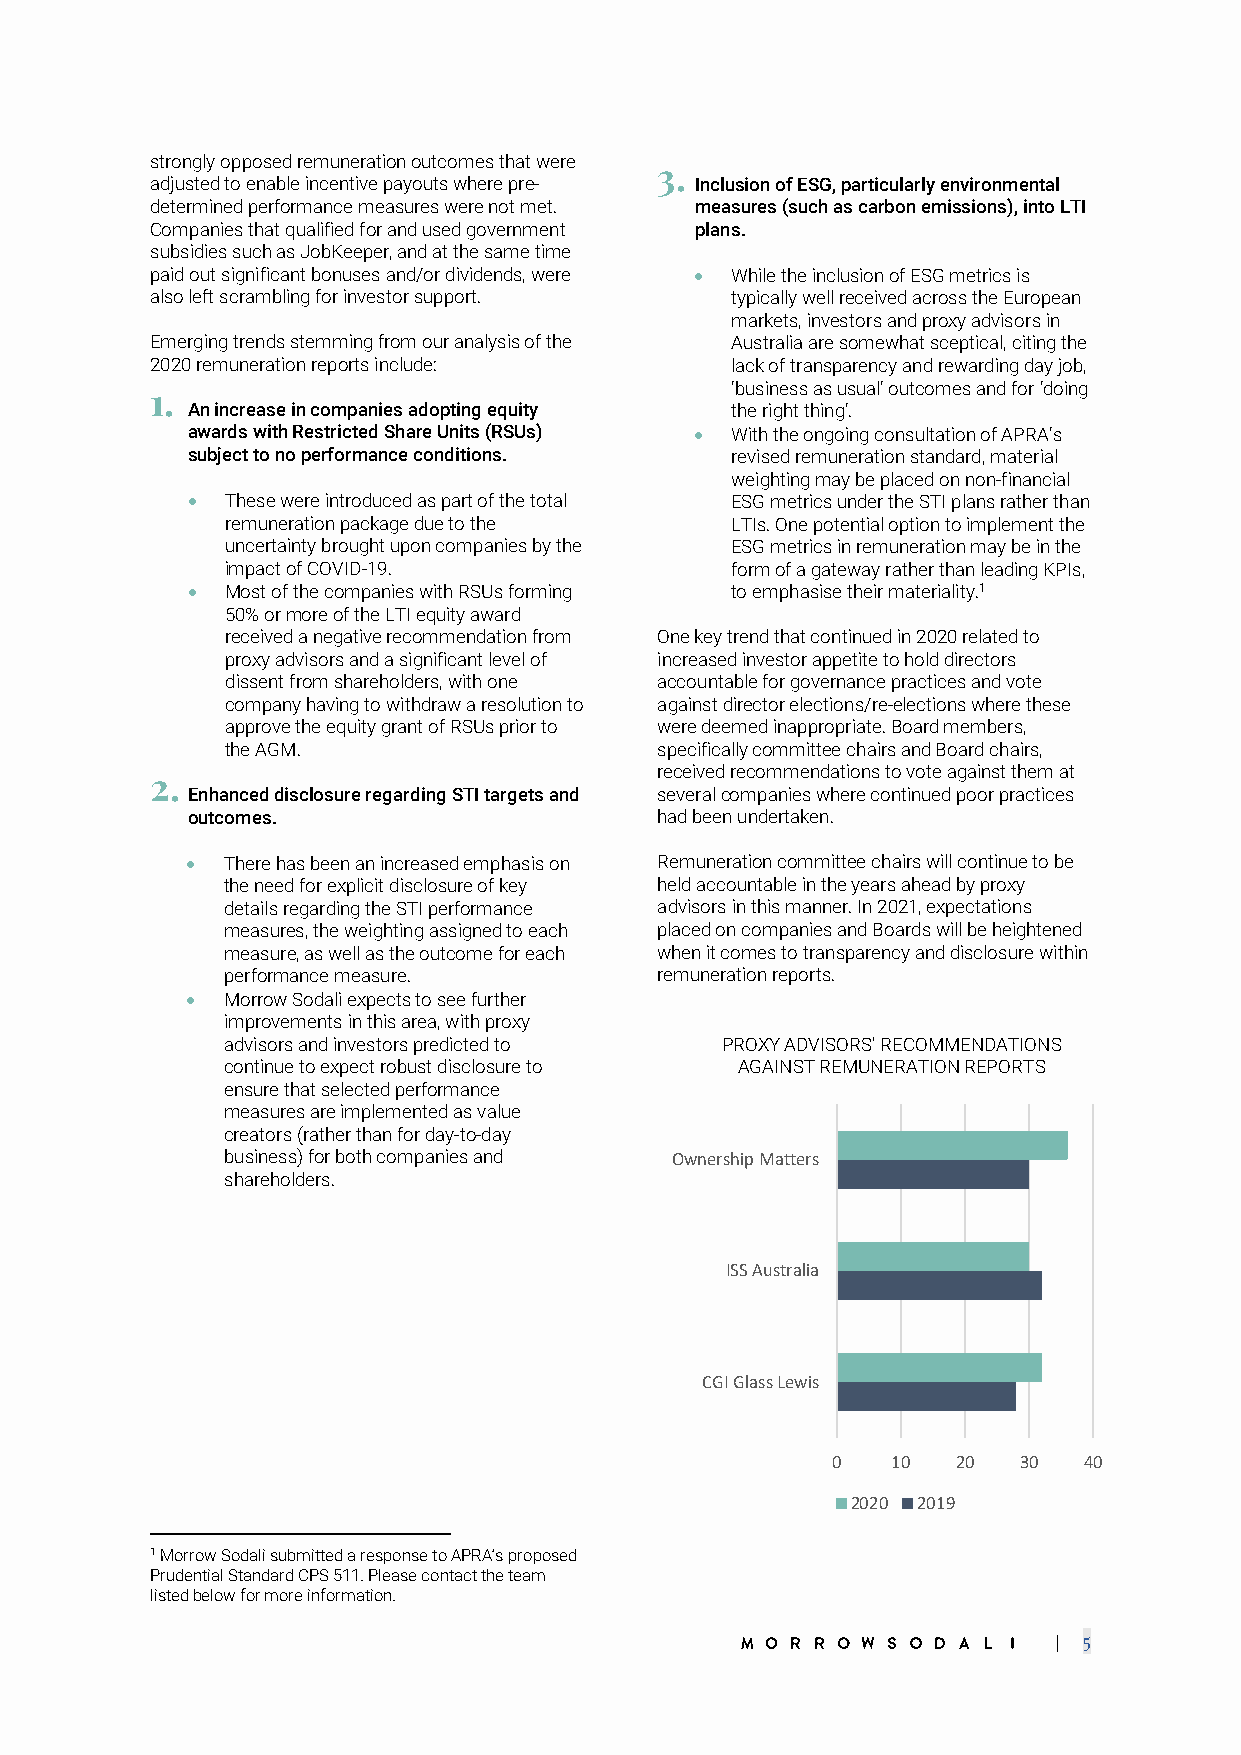
strongly opposed remuneration outcomes that were
 3.
 adjusted to enable incentive payouts where pre- Inclusion of ESG, particularly environmental
 determined performance measures were not met. measures (such as carbon emissions), into LTI
 Companies that qualified for and used government plans.
 subsidies such as JobKeeper, and at the same time
 paid out significant bonuses and/or dividends, were • While the inclusion of ESG metrics is
 also left scrambling for investor support. typically well received across the European
 markets, investors and proxy advisors in
 Emerging trends stemming from our analysis of the Australia are somewhat sceptical, citing the
 2020 remuneration reports include:    lack of transparency and rewarding day job,
 1.
 ‘business as usual’ outcomes and for ‘doing
 An increase in companies adopting equity the right thing’.
 awards with Restricted Share Units (RSUs) • With the ongoing consultation of APRA’s
 subject to no performance conditions. revised remuneration standard, material
 weighting may be placed on non-financial
 •  These were introduced as part of the total ESG metrics under the STI plans rather than
 remuneration package due to the  LTIs. One potential option to implement the
 uncertainty brought upon companies by the ESG metrics in remuneration may be in the
 impact of COVID-19.              form of a gateway rather than leading KPIs,
 •  Most of the companies with RSUs forming to emphasise their materiality.1
 50% or more of the LTI equity award
 received a negative recommendation from One key trend that continued in 2020 related to
 proxy advisors and a significant level of increased investor appetite to hold directors
 dissent from shareholders, with one accountable for governance practices and vote
 company having to withdraw a resolution to against director elections/re-elections where these
 approve the equity grant of RSUs prior to were deemed inappropriate. Board members,
 the AGM.                     specifically committee chairs and Board chairs,
 received recommendations to vote against them at
 2.
 Enhanced disclosure regarding STI targets and several companies where continued poor practices
 outcomes.                       had been undertaken.
 •  There has been an increased emphasis on Remuneration committee chairs will continue to be
 the need for explicit disclosure of key held accountable in the years ahead by proxy
 details regarding the STI performance advisors in this manner. In 2021, expectations
 measures, the weighting assigned to each placed on companies and Boards will be heightened
 measure, as well as the outcome for each when it comes to transparency and disclosure within
 performance measure.         remuneration reports.
 •  Morrow Sodali expects to see further
 improvements in this area, with proxy
 advisors and investors predicted to PROXY ADVISORS' RECOMMENDATIONS
 continue to expect robust disclosure to AGAINST REMUNERATION REPORTS
 ensure that selected performance
 measures are implemented as value
 creators (rather than for day-to-day
 business) for both companies and Ownership Matters
 shareholders.
 ISS Australia
 CGI Glass Lewis
 0   10  20  30   40
 2020 2019
 1 Morrow Sodali submitted a response to APRA’s proposed
 Prudential Standard CPS 511. Please contact the team
 listed below for more information.
 | 5